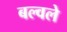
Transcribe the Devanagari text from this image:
बल्वले